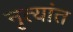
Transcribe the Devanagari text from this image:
नृत्यांत